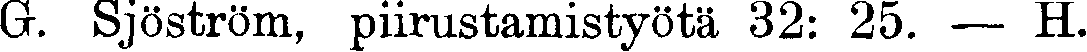
Gr. Sjöström, piirustamistyötä 32: 25. — H.